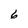
Character: 6